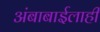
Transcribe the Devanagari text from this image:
अंबाबाईलाही